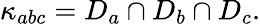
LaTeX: \kappa_{abc}=D_{a}\cap D_{b}\cap D_{c}.